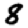
Digit: 8